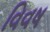
વિવષ